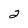
Character: 2